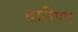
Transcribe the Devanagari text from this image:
हारिणा